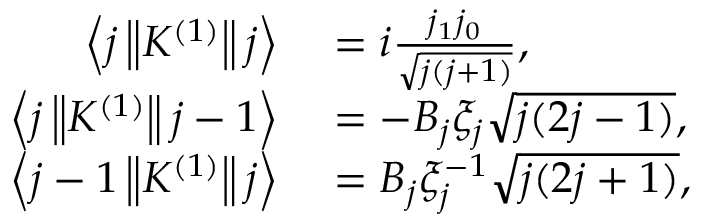
\begin{array} { r l } { \left\langle j \left\| K ^ { ( 1 ) } \right\| j \right\rangle } & { { } = i { \frac { j _ { 1 } j _ { 0 } } { \sqrt { j ( j + 1 ) } } } , } \\ { \left\langle j \left\| K ^ { ( 1 ) } \right\| j - 1 \right\rangle } & { { } = - B _ { j } \xi _ { j } { \sqrt { j ( 2 j - 1 ) } } , } \\ { \left\langle j - 1 \left\| K ^ { ( 1 ) } \right\| j \right\rangle } & { { } = B _ { j } \xi _ { j } ^ { - 1 } { \sqrt { j ( 2 j + 1 ) } } , } \end{array}